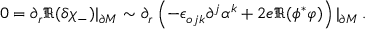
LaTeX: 0 = \partial _ { r } \Re ( \delta \chi _ { - } ) | _ { \partial M } \sim \partial _ { r } \left( - \epsilon _ { o j k } \partial ^ { j } \alpha ^ { k } + 2 e \Re ( \phi ^ { * } \varphi ) \right) | _ { \partial M } \, .